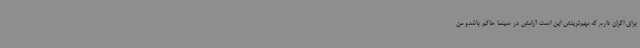
برای اکران دارم که مهم‌ترینش این است آرامش در سینما حاکم باشدو من